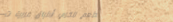
مطعم الكرم: أطباق عربية ت